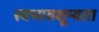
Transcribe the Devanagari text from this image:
स्वभावशून्यता